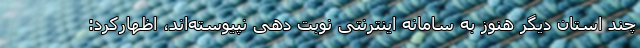
چند استان دیگر هنوز به سامانه اینترنتی نوبت دهی نپیوسته‌اند، اظهارکرد: